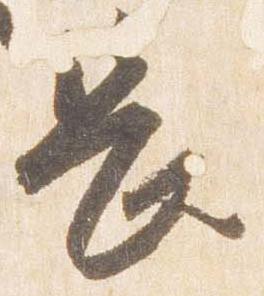
長